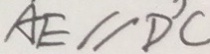
A E / / D ^ { \prime } C